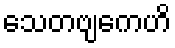
သေတဗျကေဟိ